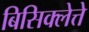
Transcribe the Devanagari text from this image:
बिसिक्लेत्ते